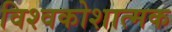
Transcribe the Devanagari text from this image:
विश्वकोशात्मक